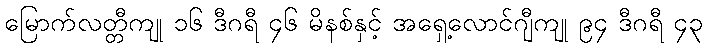
မြောက်လတ္တီကျု ၁၆ ဒီဂရီ ၄၆ မိနစ်နှင့် အရှေ့လောင်ဂျီကျု ၉၄ ဒီဂရီ ၄၃